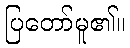
ပြတော်မူ၏။